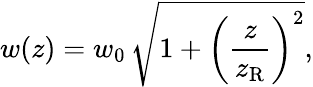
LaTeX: w(z)=w_{0}\, {\sqrt{1+{\left({\frac{z}{z_{\mathrm{R}}}}\right)}^{2}}},